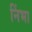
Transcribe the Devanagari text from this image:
निंभा